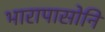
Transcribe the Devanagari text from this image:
भारापासोनि